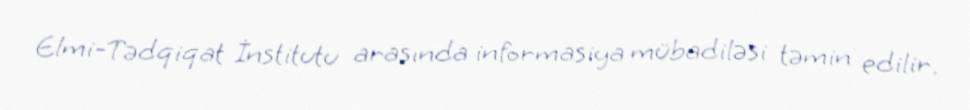
Elmi-Tədqiqat İnstitutu arasında informasiya mübadiləsi təmin edilir.